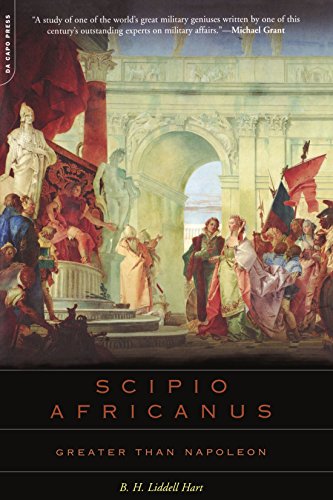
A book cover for Scipio Africanus: Greater Than Napoleon; B. H. Liddell Hart; History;